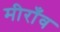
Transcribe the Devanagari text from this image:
मीराँव